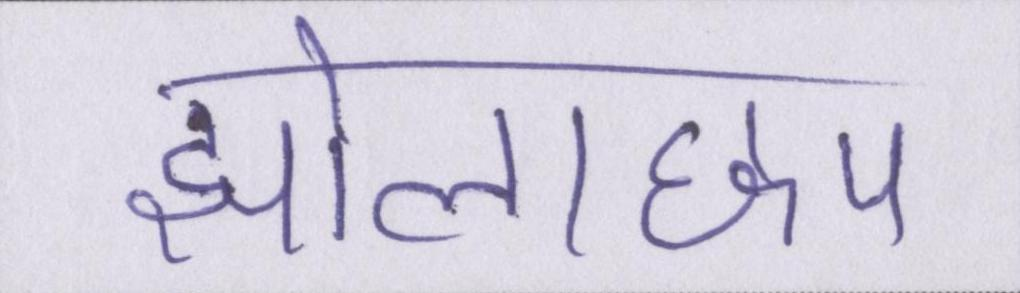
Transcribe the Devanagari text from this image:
झोलाछाप